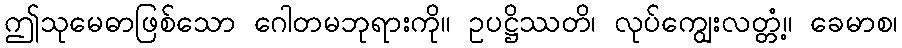
ဤသုမေဓာဖြစ်သော ဂေါတမဘုရားကို။ ဥပဋ္ဌိဿတိ၊ လုပ်ကျွေးလတ္တံ့။ ခေမာစ၊